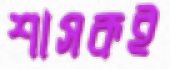
শাসকই